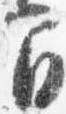
間